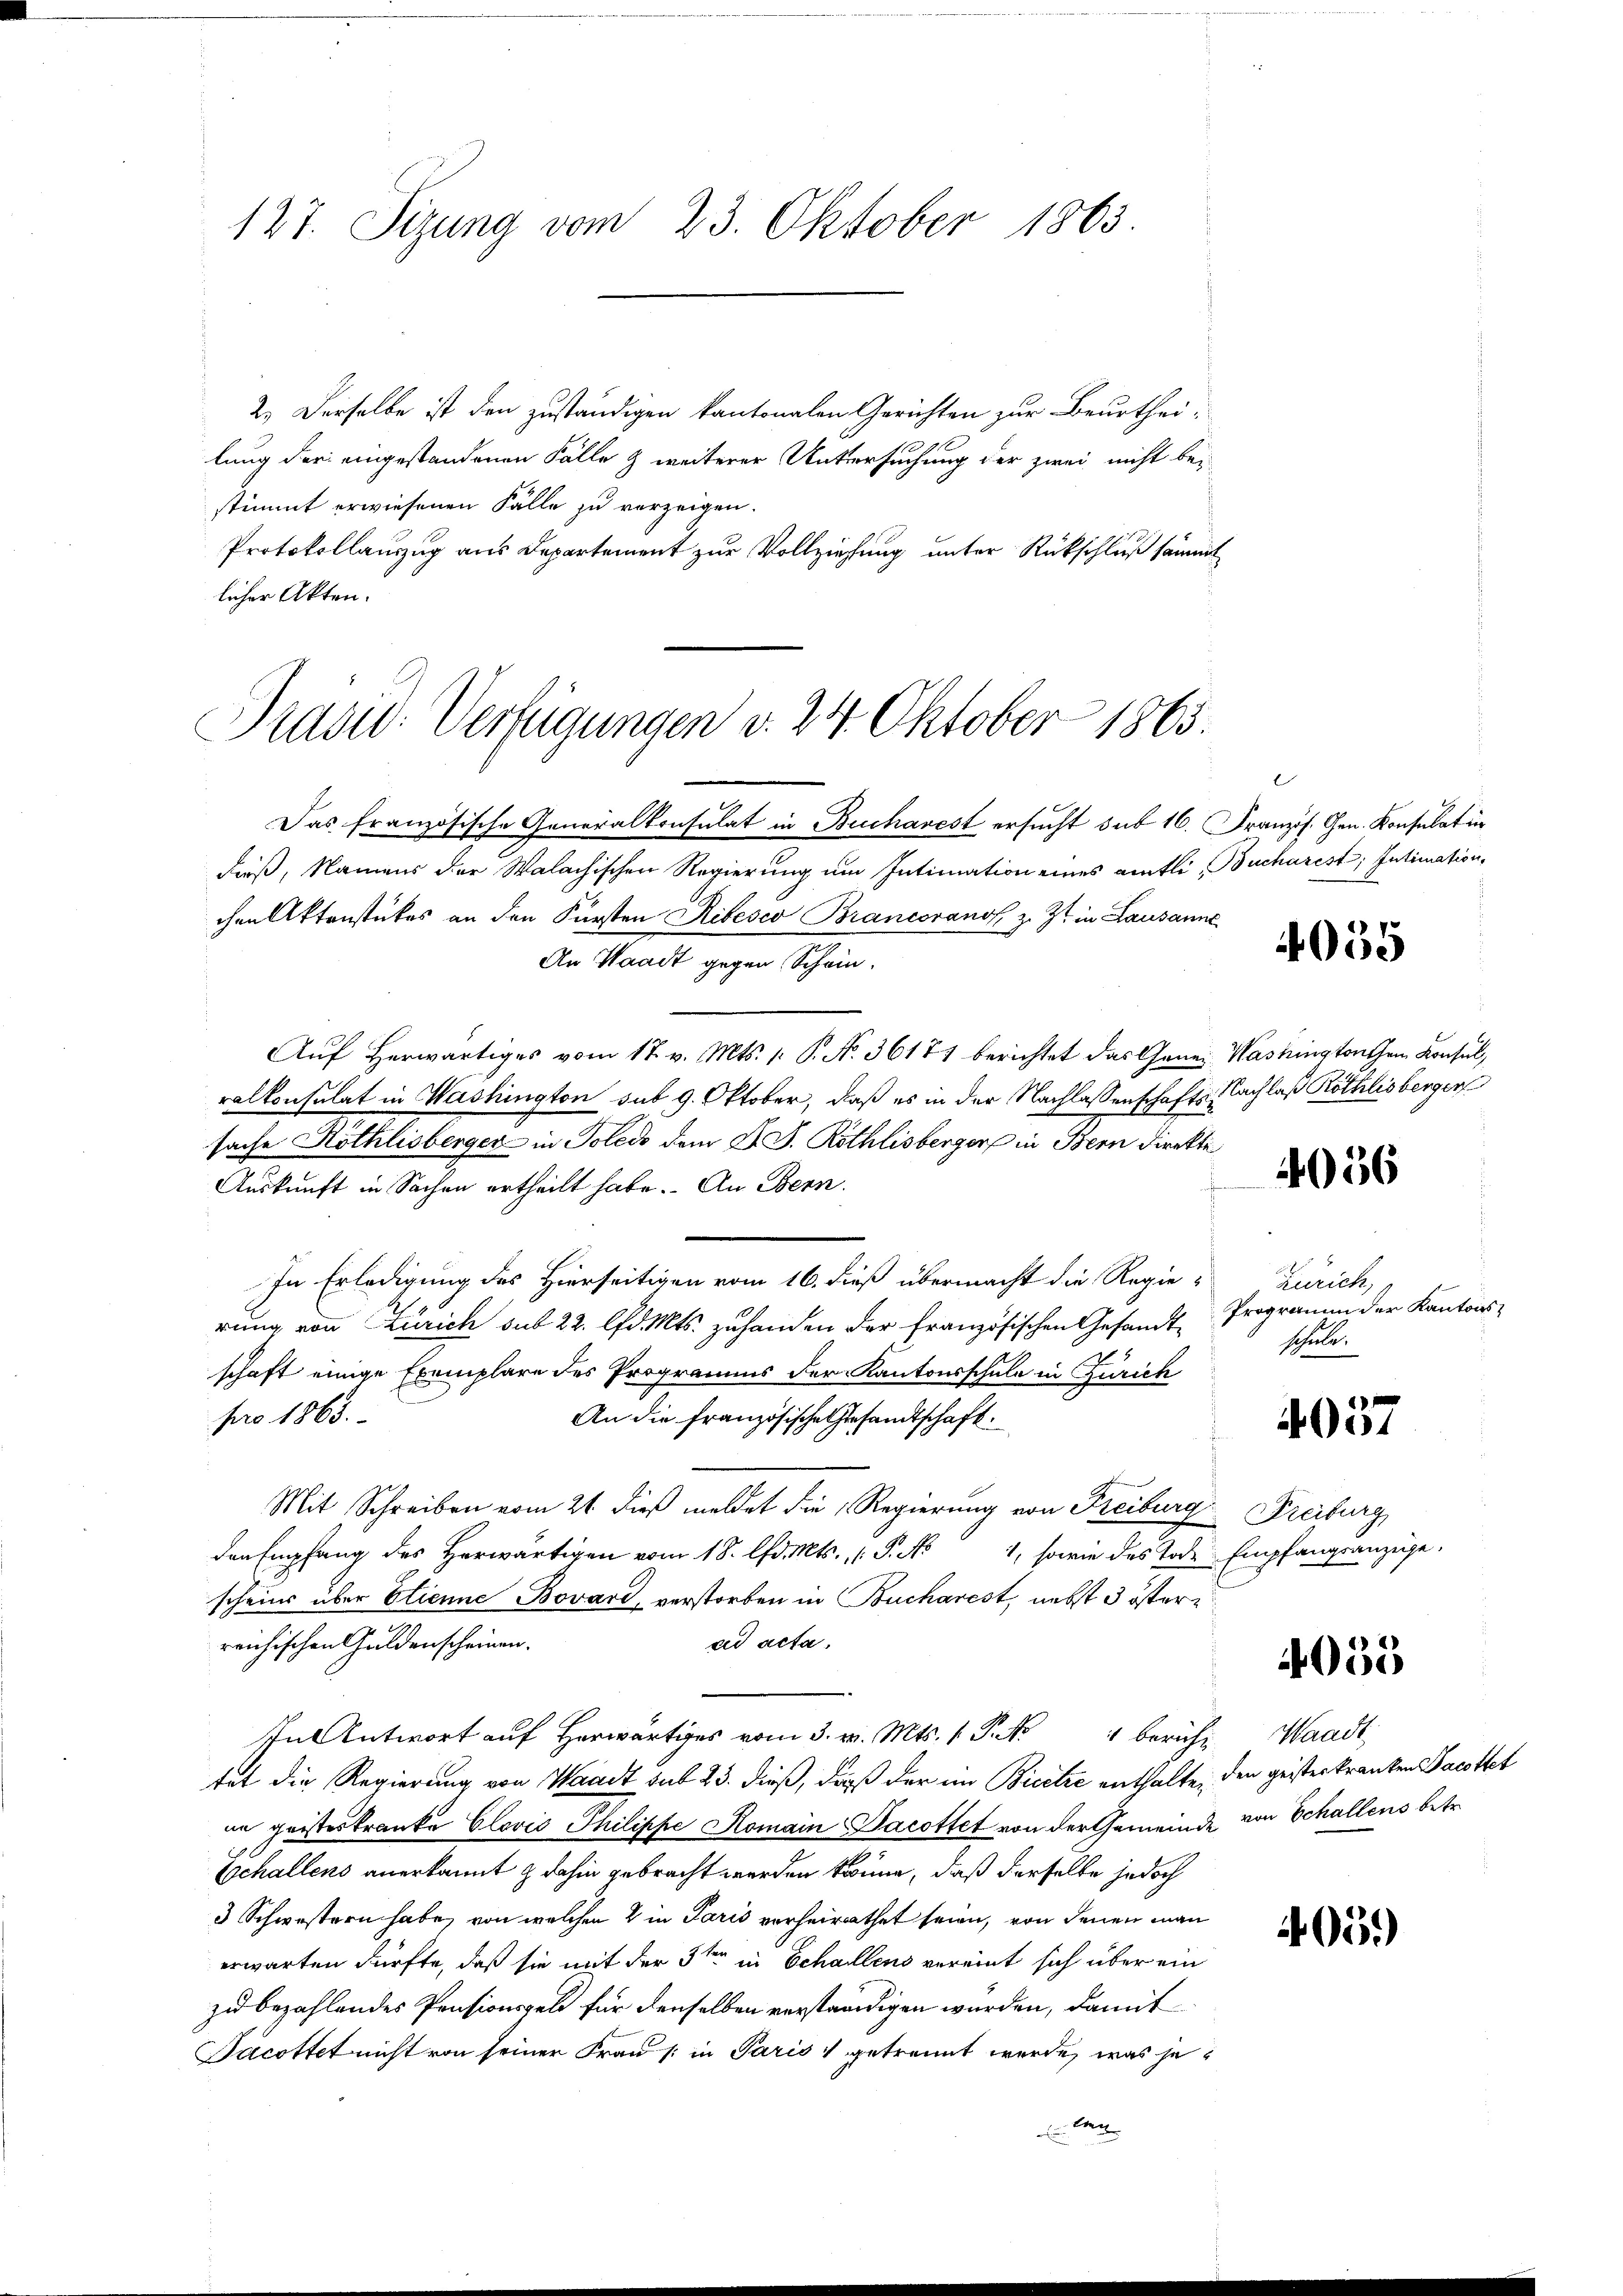
127. Sizung vom 23. Oktober 1863

2.) Derselbe ist den zuständigen kantonalen Gerichten zur Beurthei-
lung der eingestandenen Fälle & weiterer Untersuchung der zwei nicht bei
stimmt erwiesenen Fälle zu verzeigen.
Protokollauszug aus Departement zur Vollziehung unter Rückschluß sämmt
licher Akten.

Präsid.- Verfügungen d. 24. Oktober 1863.

Das französische Generalkonsulat in Bucharest ersucht sub 16. Französ. Gen. Konsulat in
dieß, Namens der Walachischen Regierung um Intimation eines amtli, Bucharest; Intimation,
chen Aktenstückes an den Fürsten Ribésco Brancoranos z. Zt. in Lausanne
An Waadt gegen Schein.
Aŭf herwärtiges vom 17. v. Mts. 1. P. Nr. 36177 berichtet das Genei Washingtonchen Konsul,
ralkonsulat in Washington sub 9. Oktober, daß es in der Nachlassenschafts Nachlaß Röthlisberger
sache Röthlisberger in Poledo dem F. J. Röthlisberger in Bern direkte
Auskunft in Sachen ertheilt habe. An Bern.
In Erledigung des Hierseitigen vom 16. dieß übermacht die Regierung von Zürich sub 22. lfd. Mts. zu handen der französischen Gesandte
schaft einige Exemplare des Programms der Kantonsschule in Zürich
pro 1863.
An die französische Gesandtschaft.
Mit Schreiben vom 21. dieß meldet die Regierung von Freiburg Freiburg,
den Empfang des Herwärtigen vom 18. lfd. Mts. (T. No 1, sowie des Tode Empfangsanzüge,
scheins über Etienne Bovard, verstorben in Bucharest, nebst 3 östere
ad acta.
reichischen Guldenscheinen.
In Antwort auf Herr vom 3. v. Mts. P. Nr. 1 berich Waadt,
tet die Regierung von Waadt sub 23. dieß, daß der im Bicetze enthalte, den geisterkranken Jacottet
ne geisteskranke Glović Philippe Romain-Bacottet von der Gemeinde von Schallens betr.
Echallens anerkannt & dahin gebracht werden könne, daß derselbe jedoch
3 Schwestern habe, von welchen & in Paris verheirathet seien, von denen man
erwarten dürfte, daß sie mit der 3ten in Schallens vereint sich über ein
zu bezahlendes Pensionsgeld für denselben verständigen würden, damit
Facottet nicht von seiner Frau (: in Paris getrennt werde, was je¬
 en

l

4055

4056

Zürich,
Programm der Kantons-
schule.

4057

4053

4059)